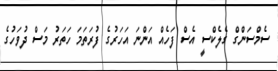
ސެމްސަންގް ގެލެކްސީ އެސް ފަހެއް އަންނަ އަހަރުގެ ފުރަތަމަ ހަތަރު މަސް ދުވަހުގެ